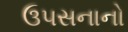
ઉ૫સનાનો